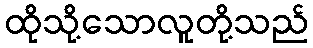
ထိုသို့သောလူတို့သည်